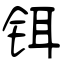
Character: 铒